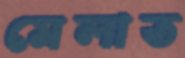
মেলাত